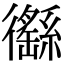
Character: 𢖟